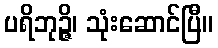
ပရိဘုဉ္ဇိ၊ သုံးဆောင်ပြီ။